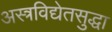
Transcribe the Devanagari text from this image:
अस्त्रविद्येतसुद्धा